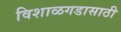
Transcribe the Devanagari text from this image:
विशाळगडासाठी